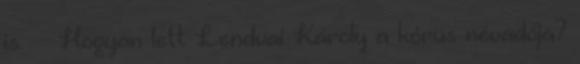
is. ·· Hogyan lett Lendvai Károly a kórus névadója?